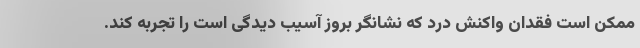
ممکن است فقدان واکنش درد که نشانگر بروز آسیب دیدگی است را تجربه کند.